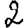
Digit: 2